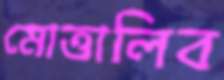
মোত্তালিব